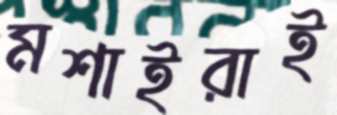
মশাইরাই